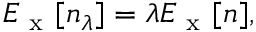
E _ { \mathrm { ~ x ~ } } [ n _ { \lambda } ] = \lambda E _ { \mathrm { ~ x ~ } } [ n ] ,